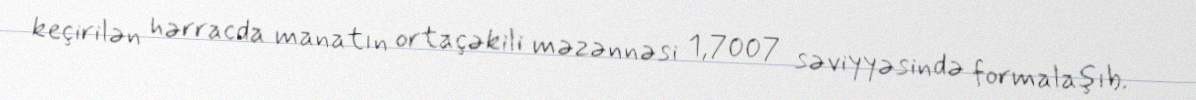
keçirilən hərracda manatın ortaçəkili məzənnəsi 1,7007 səviyyəsində formalaşıb.